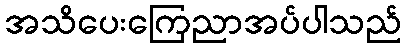
အသိပေးကြေညာအပ်ပါသည်